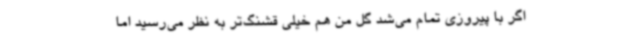
اگر با پیروزی تمام می‌شد گل من هم خیلی قشنگ‌تر به نظر می‌رسید اما